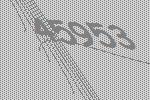
45953